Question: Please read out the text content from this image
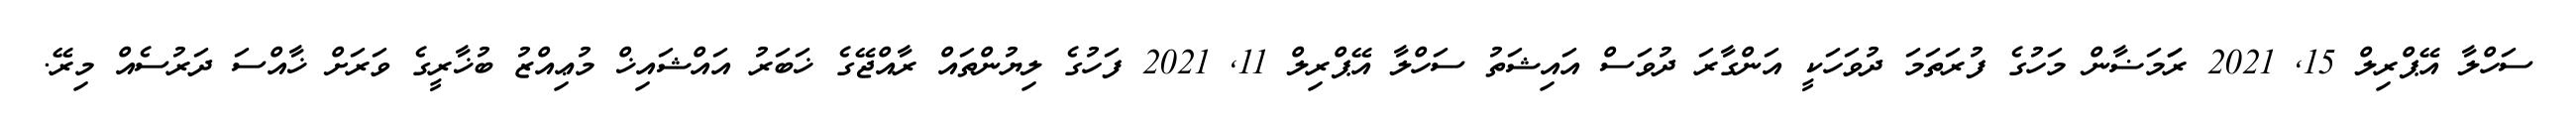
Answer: ސަހްލާ އޭޕްރިލް 15, 2021 ރަަމަޟާން މަހުގެ ފުރަތަމަ ދުވަހަކީ އަންގާރަ ދުވަސް އައިޝަތު ސަހްލާ އޭޕްރިލް 11, 2021 ފަހުގެ ލިޔުންތައް ރާއްޖޭގެ ޚަބަރު އައްޝައިޚް މުޢިއްޒު ބުޚާރީގެ ވަރަށް ޚާއްސަ ދަރުސެއް މިރޭ.